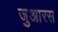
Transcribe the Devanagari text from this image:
जुआरस